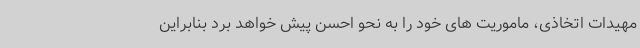
مهیدات اتخاذی، ماموریت های خود را به نحو احسن پیش خواهد برد بنابراین